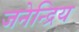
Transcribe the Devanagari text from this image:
जनेन्द्रिय